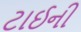
ટાઈની